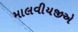
માલવીયજીએ